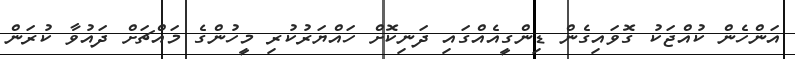
އަންހެން ކުއްޖަކު ގޮވައިގެން ޑިންގީއެއްގައި ދަނިކޮށް ހައްޔަރުުކުރި މީހުންގެ މައްޗަށް ދައުވާ ކުރަން